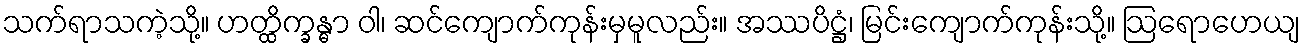
သက်ရာသကဲ့သို့။ ဟတ္ထိက္ခန္ဓာ ဝါ၊ ဆင်ကျောက်ကုန်းမှမူလည်း။ အဿပိဋ္ဌံ၊ မြင်းကျောက်ကုန်းသို့။ ဩရောဟေယျ